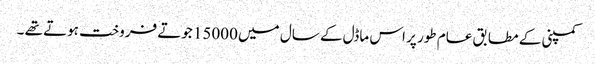
کمپنی کے مطابق عام طور پر اس ماڈل کے سال میں 15000 جوتے فروخت ہوتے تھے ۔